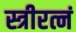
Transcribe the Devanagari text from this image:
स्त्रीरत्नं